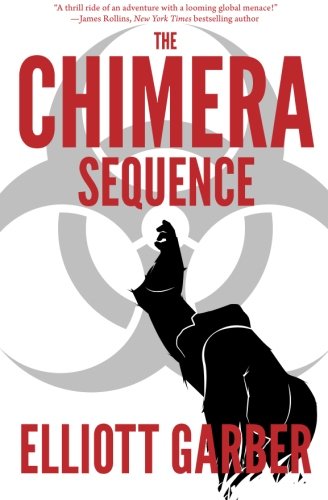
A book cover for The Chimera Sequence; Elliott Garber; Mystery, Thriller & Suspense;